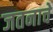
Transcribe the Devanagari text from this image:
जतनाचे